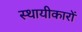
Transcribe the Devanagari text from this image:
स्थायीकारों